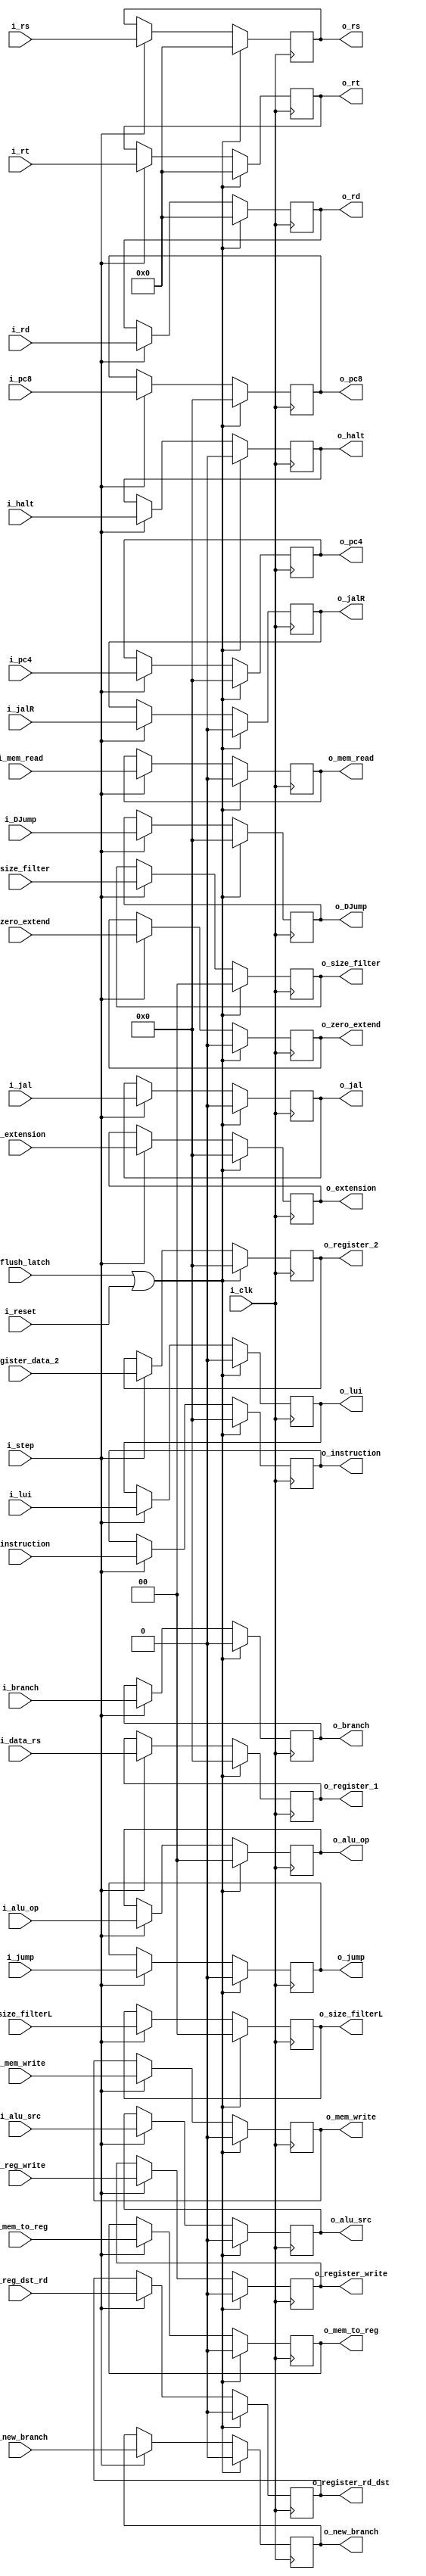
`timescale 1ns / 1ps

module IDEX
    #(
        parameter BITS_SIZE     =   32  ,
        parameter BITS_REGS     =   5
    )
    (
        //GeneralInputs
        input   wire                        i_clk,
        input   wire                        i_reset,
        input   wire                        i_step,
        input   wire                        i_flush_latch,
        input   wire    [BITS_SIZE-1:0]     i_pc4,
        input   wire    [BITS_SIZE-1:0]     i_pc8,
        input   wire    [BITS_SIZE-1:0]     i_instruction,

        input   wire    [BITS_SIZE-1:0]     i_data_rs, // dato leido 1
        input   wire    [BITS_SIZE-1:0]     i_register_data_2, // dato leido 2
        input   wire    [BITS_SIZE-1:0]     i_extension,
        input   wire    [BITS_REGS-1:0]     i_rt,
        input   wire    [BITS_REGS-1:0]     i_rd,
        input   wire    [BITS_REGS-1:0]     i_rs,
        input   wire    [BITS_SIZE-1:0]     i_DJump,
        
        ///ControlEX
        input   wire                        i_reg_dst_rd,
        input   wire                        i_jump,
        input   wire                        i_jal,
        input   wire                        i_alu_src,
        input   wire    [1:0]               i_alu_op,
        ///ControlM
        input   wire                        i_branch,
        input   wire                        i_new_branch,
        input   wire                        i_mem_write,
        input   wire                        i_mem_read ,
        input   wire    [1:0]               i_size_filter,
        ///ControlWB
        input   wire                        i_mem_to_reg,
        input   wire                        i_reg_write,
        input   wire    [1:0]               i_size_filterL,
        input   wire                        i_zero_extend,
        input   wire                        i_lui,
        input   wire                        i_jalR,
        input   wire                        i_halt,

        output  wire    [BITS_SIZE-1:0]     o_pc4,
        output  wire    [BITS_SIZE-1:0]     o_pc8,
        output  wire    [BITS_SIZE-1:0]     o_instruction,
        output  wire    [BITS_SIZE-1:0]     o_register_1,
        output  wire    [BITS_SIZE-1:0]     o_register_2,
        output  wire    [BITS_SIZE-1:0]     o_extension,
        output  wire    [BITS_REGS-1:0]     o_rs,
        output  wire    [BITS_REGS-1:0]     o_rt,
        output  wire    [BITS_REGS-1:0]     o_rd,
        output  wire    [BITS_SIZE-1:0]     o_DJump,
        ///Control
        output  wire                        o_jump,
        output  wire                        o_jal,
        output  wire                        o_alu_src,
        output  wire    [1:0]               o_alu_op,
        output  wire                        o_register_rd_dst,
        ///ControlM
        output  wire                        o_branch,
        output  wire                        o_new_branch,
        output  wire                        o_mem_write,
        output  wire                        o_mem_read ,
        output  wire    [1:0]               o_size_filter,
        ///ControlWB
        output  wire                        o_mem_to_reg,
        output  wire                        o_register_write,
        output  wire    [1:0]               o_size_filterL,
        output  wire                        o_zero_extend,
        output  wire                        o_lui ,
        output  wire                        o_jalR,
        output  wire                        o_halt
    );

    reg     [BITS_SIZE-1:0] reg_PC4;
    reg     [BITS_SIZE-1:0] reg_PC8;
    reg     [BITS_SIZE-1:0] reg_instruction;
    reg     [BITS_SIZE-1:0] reg_data_reg1;
    reg     [BITS_SIZE-1:0] reg_data_reg2;
    reg     [BITS_SIZE-1:0] reg_extension;
    reg     [BITS_REGS-1:0] reg_rs;
    reg     [BITS_REGS-1:0] reg_rt;
    reg     [BITS_REGS-1:0] reg_rd;
    reg     [BITS_SIZE-1:0] reg_DJump;

    //RegEX
    reg                     reg_jump;
    reg                     reg_jal ;
    reg                     reg_alu_src;
    reg     [1:0]           reg_alu_op;
    reg                     reg_register_rd;

    //RegM
    reg                     reg_branch;
    reg                     reg_new_branch;
    reg                     reg_mem_write ;
    reg                     reg_mem_read;
    reg     [1:0]           reg_size_filter;

    //RegWB
    reg                     reg_mem_to_register;
    reg                     reg_register_write;
    reg     [1:0]           reg_size_filterL;
    reg                     reg_zero_extend;
    reg                     reg_lui;
    reg                     reg_jalR;
    reg                     reg_halt;


    always @(posedge i_clk)
        if(i_flush_latch | i_reset)
        begin
            reg_PC4             <=  {BITS_SIZE{1'b0}};
            reg_PC8             <=  {BITS_SIZE{1'b0}};
            reg_instruction     <=  {BITS_SIZE{1'b0}};
            reg_data_reg1       <=  {BITS_SIZE{1'b0}} ;
            reg_data_reg2       <=  {BITS_SIZE{1'b0}};
            reg_extension       <=  {BITS_SIZE{1'b0}};
            reg_rs              <=  {BITS_REGS{1'b0}} ;
            reg_rt              <=  {BITS_REGS{1'b0}} ;
            reg_rd              <=  {BITS_REGS{1'b0}};
            reg_DJump           <=  {BITS_SIZE{1'b0}} ;

            //EX
            reg_jump            <=  1'b0;
            reg_jalR            <=  1'b0;
            reg_jal             <=  1'b0;
            reg_alu_src         <=  1'b0 ;
            reg_alu_op          <=  2'b00 ;
            reg_register_rd     <=  1'b0 ;

            //M
            reg_branch          <=  1'b0;
            reg_new_branch      <=  1'b0;
            reg_mem_write       <=  1'b0;
            reg_mem_read        <=  1'b0;
            reg_size_filter     <=  2'b00 ;

            //WB
            reg_mem_to_register <=  1'b0 ;
            reg_register_write  <=  1'b0 ;
            reg_size_filterL    <=  2'b00;
            reg_zero_extend     <=  1'b0 ;
            reg_lui             <=  1'b0 ;
            reg_halt            <=  1'b0 ;
        end
        else if (i_step)
        begin
            reg_PC4             <=  i_pc4;
            reg_PC8             <=  i_pc8 ;
            reg_instruction     <=  i_instruction  ;
            reg_data_reg1       <=  i_data_rs;
            reg_data_reg2       <=  i_register_data_2;
            reg_extension       <=  i_extension;
            reg_rs              <=  i_rs ;
            reg_rt              <=  i_rt;
            reg_rd              <=  i_rd ;
            reg_DJump           <=  i_DJump  ;

            //EX
            reg_jump            <=  i_jump;
            reg_jalR            <=  i_jalR ;
            reg_jal             <=  i_jal;
            reg_alu_src         <=  i_alu_src  ;
            reg_alu_op          <=  i_alu_op   ;
            reg_register_rd     <=  i_reg_dst_rd  ;

            //M
            reg_branch          <=  i_branch ;
            reg_new_branch      <=  i_new_branch ;
            reg_mem_write       <=  i_mem_write ;
            reg_mem_read        <=  i_mem_read;
            reg_size_filter     <=  i_size_filter ;

            //WB
            reg_mem_to_register <=  i_mem_to_reg ;
            reg_register_write  <=  i_reg_write  ;
            reg_size_filterL    <=  i_size_filterL ;
            reg_zero_extend     <=  i_zero_extend ;
            reg_lui             <=  i_lui  ;
            reg_halt            <=  i_halt  ;
        end


    assign o_pc4            =   reg_PC4;
    assign o_pc8            =   reg_PC8;
    assign o_instruction    =   reg_instruction;
    assign o_register_1     =   reg_data_reg1;
    assign o_register_2     =   reg_data_reg2;
    assign o_extension      =   reg_extension;
    assign o_rs             =   reg_rs;
    assign o_rt             =   reg_rt;
    assign o_rd             =   reg_rd;
    assign o_DJump          =   reg_DJump;

    //AssignEX
    assign o_jump            =   reg_jump;
    assign o_jalR            =   reg_jalR;
    assign o_jal             =   reg_jal;
    assign o_alu_src         =   reg_alu_src;
    assign o_alu_op          =   reg_alu_op;
    assign o_register_rd_dst =   reg_register_rd ;

    //AssignM
    assign o_branch          =   reg_branch;
    assign o_new_branch      =   reg_new_branch;
    assign o_mem_write       =   reg_mem_write;
    assign o_mem_read        =   reg_mem_read;
    assign o_size_filter     =   reg_size_filter;

    //AssignWB
    assign o_mem_to_reg      =   reg_mem_to_register;
    assign o_register_write       =   reg_register_write ;
    assign o_size_filterL    =   reg_size_filterL ;
    assign o_zero_extend     =   reg_zero_extend ;
    assign o_lui             =   reg_lui;
    assign o_halt            =   reg_halt;
    
endmodule